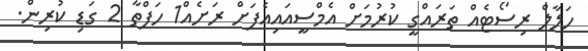
ހަލާލް ރިސޯޓެއް ތަރައްގީ ކުރުމަށް އެމްސީއައިއެފަށް ރަށެއް1 ހަފްތާ 2 ގަޑި ކުރިން.